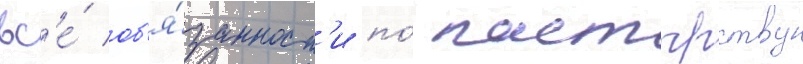
вс'е́ об'я́занност'и по́ пастырству